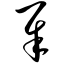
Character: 犀